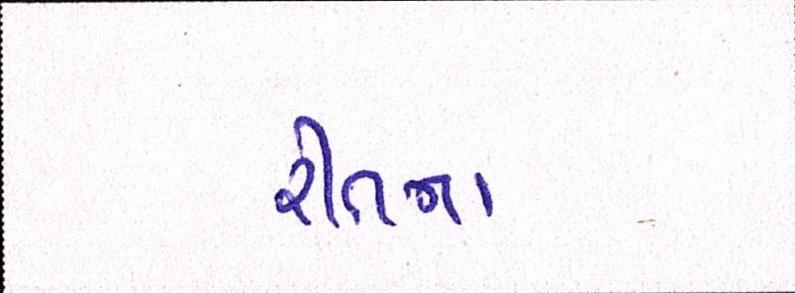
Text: રીતના